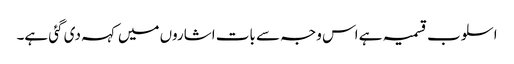
اسلوب قسمیہ ہے اس وجہ سے بات اشاروں میں کہہ دی گئی ہے۔